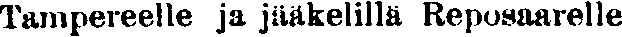
Tampereelle ja jääkelillä Reposaarelle